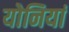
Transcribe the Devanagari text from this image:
योनियां